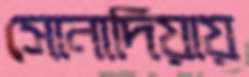
সোনাদিয়ায়